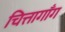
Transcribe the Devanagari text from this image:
चित्तागाँग